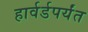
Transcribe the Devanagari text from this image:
हार्वर्डपर्यंत